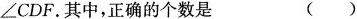
\bot CDF。其中，正确的个数是 ( )